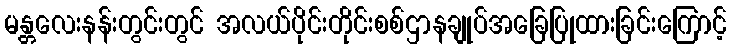
မန္တလေးနန်းတွင်းတွင် အလယ်ပိုင်းတိုင်းစစ်ဌာနချုပ်အခြေပြုထားခြင်းကြောင့်